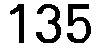
135